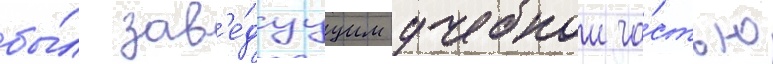
бы́л зав'е́дуущим учебнои ча́стью